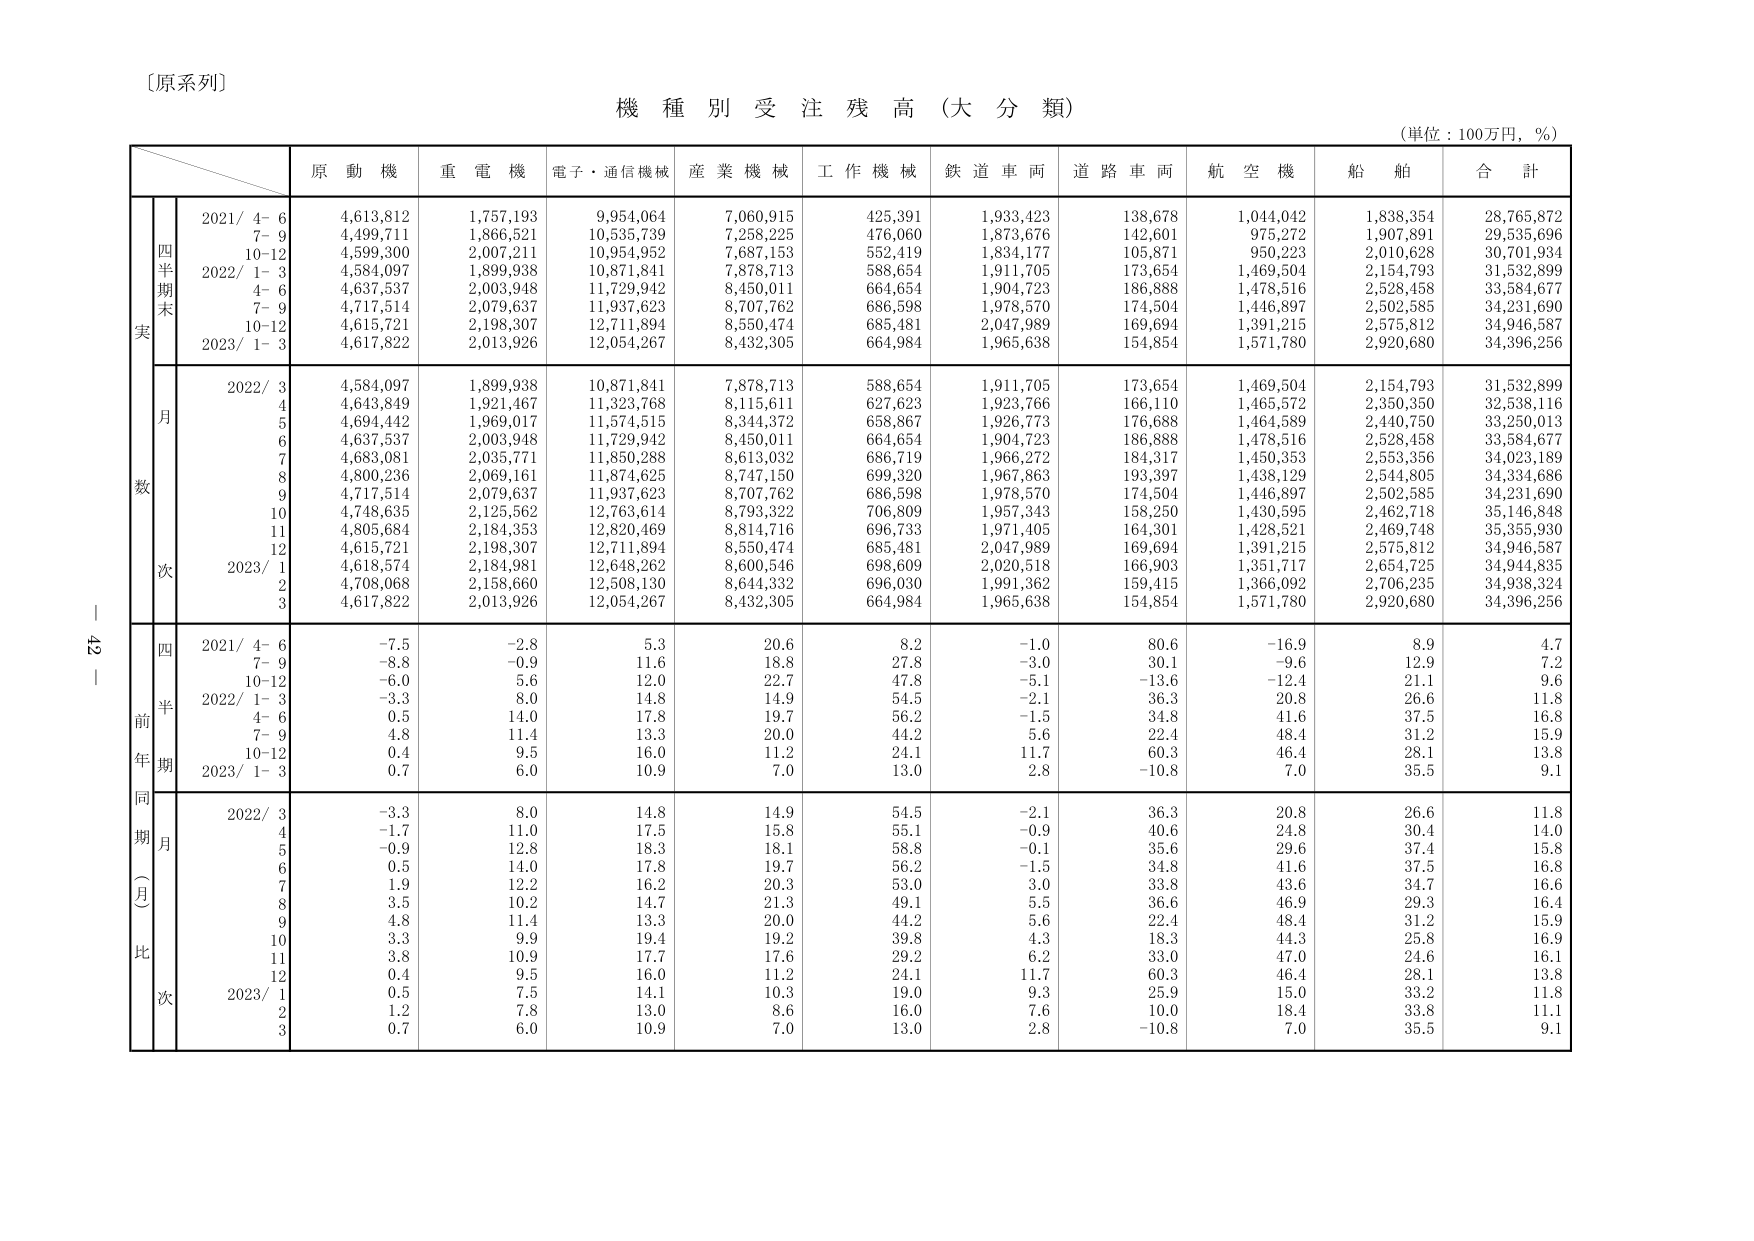
〔原系列〕

機種別受注残高（大分類）

（単位：100万円，％）

原動機　重電機　電子・通信機械　産業機械　工作機械　鉄道車両　道路車両　航空機　船舶　合計

四半期末実
2021/ 4-6　4,613,812　1,757,193　9,954,064　7,060,915　425,391　1,933,423　138,678　1,044,042　1,838,354　28,765,872
　　　7-9　4,499,711　1,866,521　10,535,739　7,258,225　476,060　1,873,676　142,601　975,272　1,907,891　29,535,696
　　　10-12　4,599,300　2,007,211　10,954,952　7,687,153　552,419　1,834,177　105,871　950,223　2,010,628　30,701,934
2022/ 1-3　4,584,097　1,899,938　10,871,841　7,878,713　588,654　1,911,705　173,654　1,469,504　2,154,793　31,532,899
　　　4-6　4,637,537　2,003,948　11,729,942　8,450,011　664,654　1,904,723　186,888　1,478,516　2,528,458　33,584,677
　　　7-9　4,717,514　2,079,637　11,937,623　8,707,762　686,598　1,978,570　174,504　1,446,897　2,502,585　34,231,690
　　　10-12　4,615,721　2,198,307　12,711,894　8,550,474　685,481　2,047,989　169,694　1,391,215　2,575,812　34,946,587
2023/ 1-3　4,617,822　2,013,926　12,054,267　8,432,305　664,984　1,965,638　154,854　1,571,780　2,920,680　34,396,256

月数
2022/ 3　4,584,097　1,899,938　10,871,841　7,878,713　588,654　1,911,705　173,654　1,469,504　2,154,793　31,532,899
　　　4　4,643,849　1,921,467　11,323,768　8,115,611　627,623　1,923,766　166,110　1,465,572　2,350,350　32,538,116
　　　5　4,694,442　1,969,017　11,574,515　8,344,372　658,867　1,926,773　176,688　1,464,589　2,440,750　33,250,013
　　　6　4,637,537　2,003,948　11,729,942　8,450,011　664,654　1,904,723　186,888　1,478,516　2,528,458　33,584,677
　　　7　4,683,081　2,035,771　11,850,288　8,613,032　686,719　1,966,272　184,317　1,450,353　2,553,356　34,023,189
　　　8　4,800,236　2,069,161　11,874,625　8,747,150　699,320　1,967,863　193,397　1,438,129　2,544,805　34,334,686
　　　9　4,717,514　2,079,637　11,937,623　8,707,762　686,598　1,978,570　174,504　1,446,897　2,502,585　34,231,690
　　　10　4,748,635　2,125,562　12,763,614　8,793,322　706,809　1,957,343　158,250　1,430,595　2,462,718　35,146,848
　　　11　4,805,684　2,184,353　12,820,469　8,814,716　696,733　1,971,405　164,301　1,428,521　2,469,748　35,355,930
　　　12　4,615,721　2,198,307　12,711,894　8,550,474　685,481　2,047,989　169,694　1,391,215　2,575,812　34,946,587
2023/ 1　4,618,574　2,184,981　12,648,262　8,600,546　698,609　2,020,518　166,903　1,351,717　2,654,725　34,944,835
　　　2　4,708,068　2,158,660　12,508,130　8,644,332　696,030　1,991,362　159,415　1,366,092　2,706,235　34,938,324
　　　3　4,617,822　2,013,926　12,054,267　8,432,305　664,984　1,965,638　154,854　1,571,780　2,920,680　34,396,256

四半期前年比
2021/ 4-6　-7.5　-2.8　5.3　20.6　8.2　-1.0　80.6　-16.9　8.9　4.7
　　　7-9　-8.8　-0.9　11.6　18.8　27.8　-3.0　30.1　-9.6　12.9　7.2
　　　10-12　-6.0　5.6　12.0　22.7　47.8　-5.1　-13.6　-12.4　21.1　9.6
2022/ 1-3　-3.3　8.0　14.8　14.9　54.5　-2.1　36.3　20.8　26.6　11.8
　　　4-6　0.5　14.0　17.8　19.7　56.2　-1.5　34.8　41.6　37.5　16.8
　　　7-9　4.8　11.4　13.3　20.0　44.2　5.6　22.4　48.4　31.2　15.9
　　　10-12　0.4　9.5　16.0　11.2　24.1　11.7　60.3　46.4　28.1　13.8
2023/ 1-3　0.7　6.0　10.9　7.0　13.0　2.8　-10.8　7.0　35.5　9.1

同期月比
2022/ 3　-3.3　8.0　14.8　14.9　54.5　-2.1　36.3　20.8　26.6　11.8
　　　4　-1.7　11.0　17.5　15.8　55.1　-0.9　40.6　24.8　30.4　14.0
　　　5　-0.9　12.8　18.3　18.1　58.8　-0.1　35.6　29.6　37.4　15.8
　　　6　0.5　14.0　17.8　19.7　56.2　-1.5　34.8　41.6　37.5　16.8
　　　7　1.9　12.2　16.2　20.3　53.0　3.0　33.8　43.6　34.7　16.6
　　　8　3.5　10.2　14.7　21.3　49.1　5.5　36.6　46.9　29.3　16.4
　　　9　4.8　11.4　13.3　20.0　44.2　5.6　22.4　48.4　31.2　15.9
　　　10　3.3　9.9　19.4　19.2　39.8　4.3　18.3　44.3　25.8　16.9
　　　11　3.8　10.9　17.7　17.6　29.2　6.2　33.0　47.0　24.6　16.1
　　　12　0.4　9.5　16.0　11.2　24.1　11.7　60.3　46.4　28.1　13.8
2023/ 1　0.5　7.5　14.1　10.3　19.0　9.3　25.9　15.0　33.2　11.8
　　　2　1.2　7.8　13.0　8.6　16.0　7.6　10.0　18.4　33.8　11.1
　　　3　0.7　6.0　10.9　7.0　13.0　2.8　-10.8　7.0　35.5　9.1

42